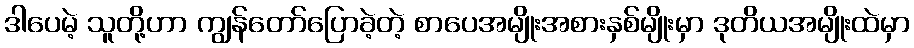
ဒါပေမဲ့ သူတို့ဟာ ကျွန်တော်ပြောခဲ့တဲ့ စာပေအမျိုးအစားနှစ်မျိုးမှာ ဒုတိယအမျိုးထဲမှာ